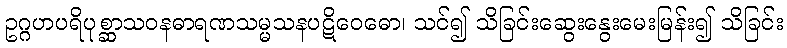
ဥဂ္ဂဟပရိပုစ္ဆာသဝနဓာရဏသမ္မသနပဋိဝေဓော၊ သင်၍ သိခြင်းဆွေးနွေးမေးမြန်း၍ သိခြင်း